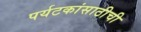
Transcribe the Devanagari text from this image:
पर्यटकांसाठीची